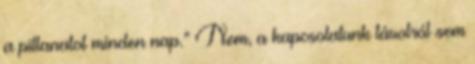
a pillanatot minden nap.” Nem, a kapcsolatunk távolról sem